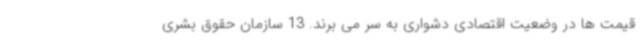
قیمت ها در وضعیت اقتصادی دشواری به سر می برند. 13 سازمان حقوق بشری